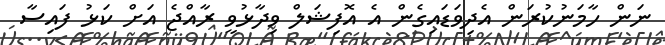
ނަން ހާމަނުކުރަން އެދިވަޑައިގެން އެ އޮފިޝަލް ވިދާޅުވީ ރާއްޖެ އަށް ކަޅު ފައިސާ